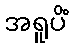
အရူပိံ